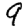
Digit: 9